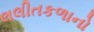
લલીતકળાનો